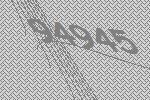
94945